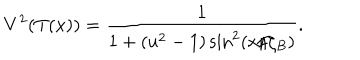
V ^ { 2 } ( T ( x ) ) = \frac { 1 } { 1 + ( u ^ { 2 } - 1 ) \sin ^ { 2 } ( x / \zeta _ { B } ) } .